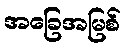
အခြေအမြစ်